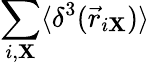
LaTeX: \sum_{i,\mathbf{X}}\langle\delta^{3}(\vec{{r}}_{i\mathbf{X}})\rangle